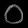
Digit: ၀